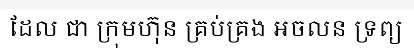
ដែល ជា ក្រុមហ៊ុន គ្រប់គ្រង អចលន ទ្រព្យ